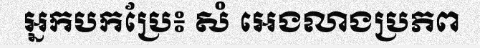
អ្នកបកប្រែ៖ សំ អេងលាងប្រភព